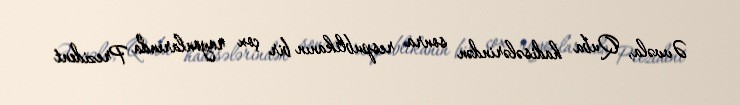
Əvvəla, Quba hadisələrindən sonra respublikanın bir çox rayonlarında Prezident